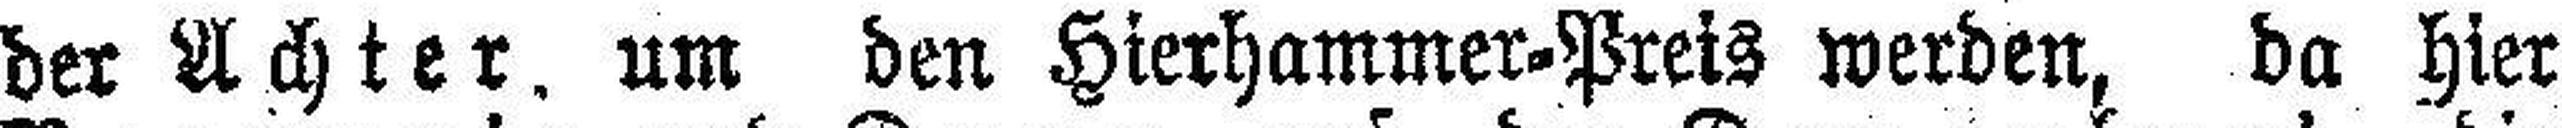
der Achter, um den Hierhammer-Preis werden, da hier